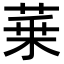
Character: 𦲢